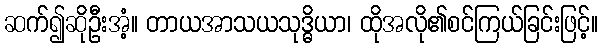
ဆက်၍ဆိုဦးအံ့။ တာယအာသယသုဒ္ဓိယာ၊ ထိုအလို၏စင်ကြယ်ခြင်းဖြင့်။